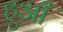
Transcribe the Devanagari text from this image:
हुआँ